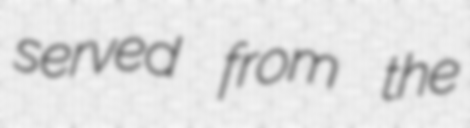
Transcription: served from the